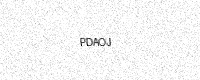
Text: PDAOJ